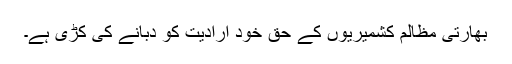
بھارتی مظالم کشمیریوں کے حق خود ارادیت کو دبانے کی کڑی ہے۔